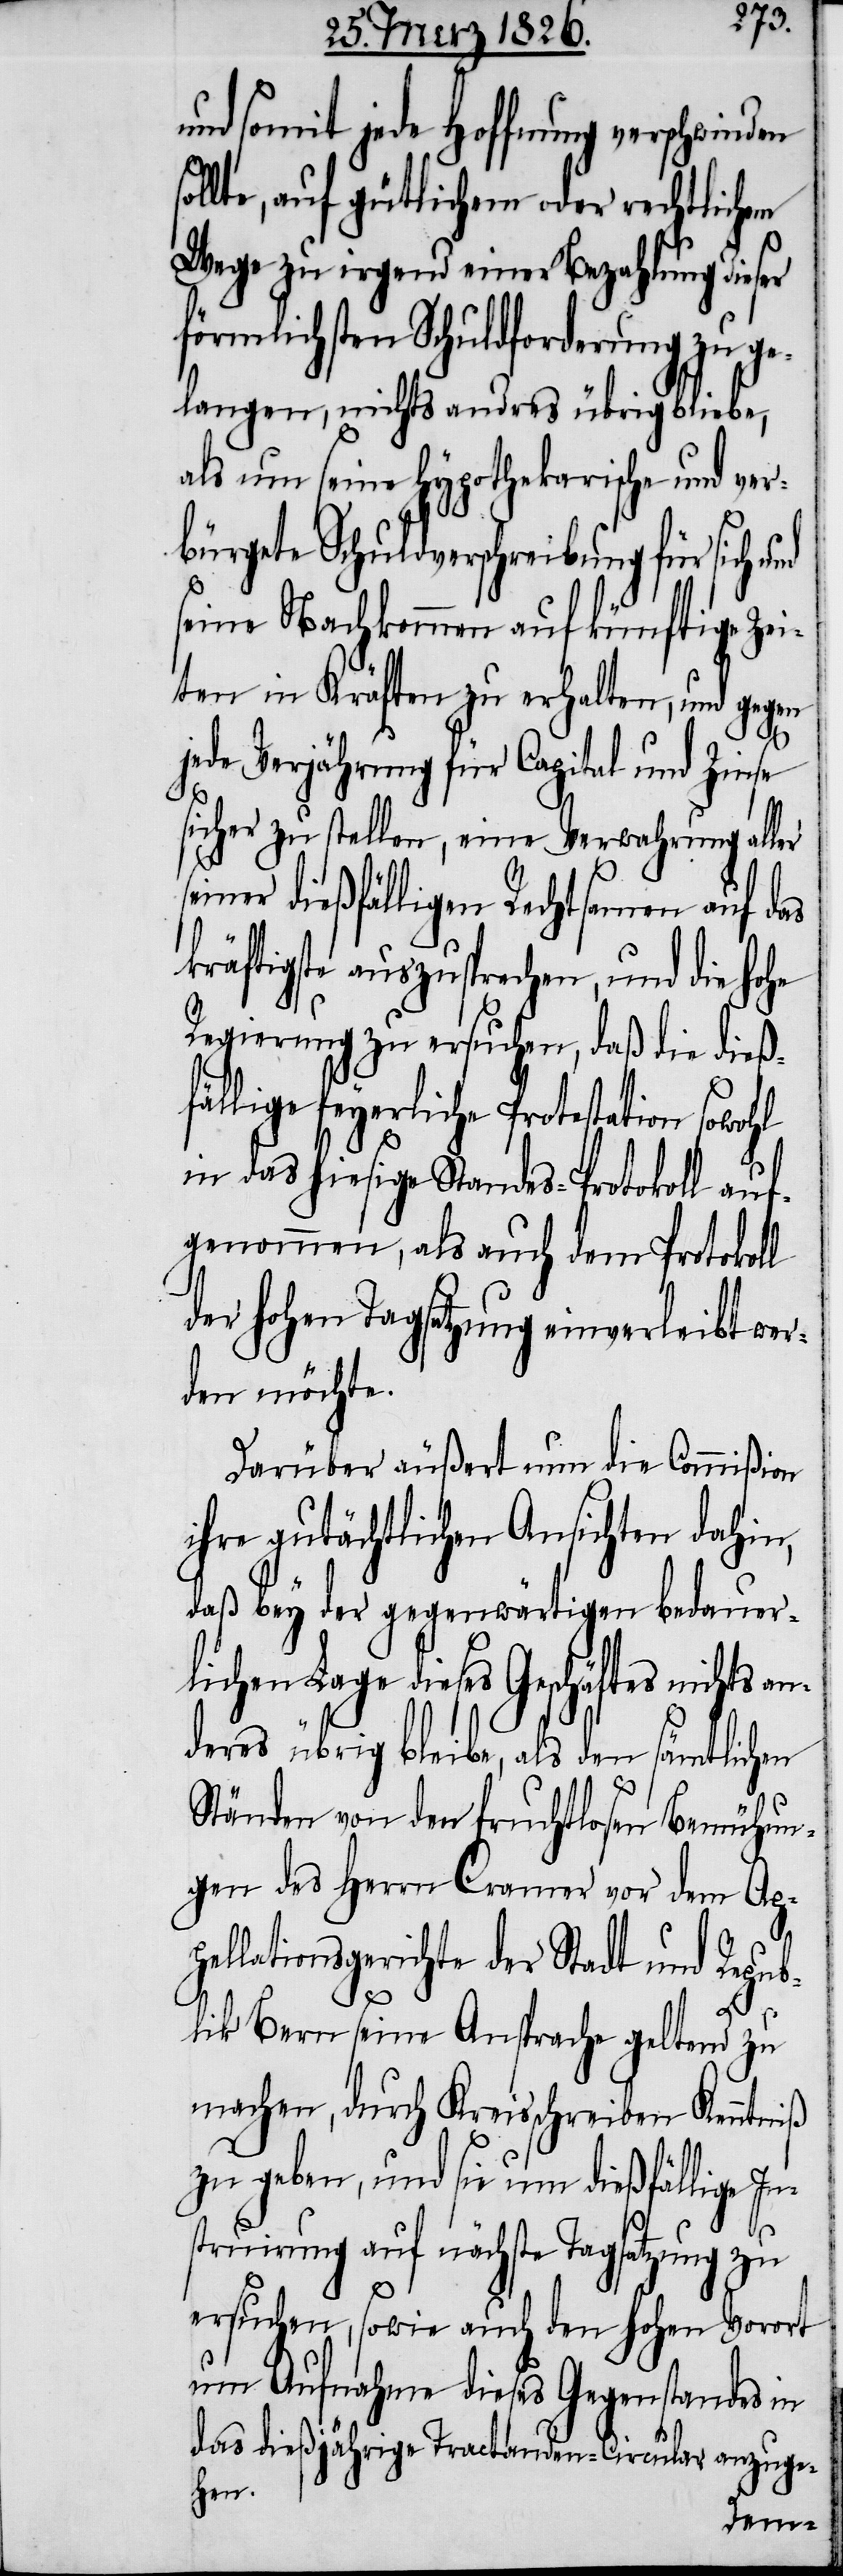
nd somit jede Hoffnung verschwinden
sollte, auf gütlichem oder rechtlichem
Wege zu irgend einer Bezahlung dieser
örmlichsten Schuldorderung zu
langen, nichts andres übrig bliebe,
als nun seine Hypothekarische und ver¬
bürgete Schuldverschreibung für sich
seine Nachkommen auf künftige Zei¬
ten in Kräften zu erhalten, und gegen
p¬
jede Verjährung für Capital und Zinse
sicher zu stellen, eine Verwahrung aller
einer dießfälligen Rechtsamen auf das
kräftigste auszusprechen, und die hohe
Regierung zu ersuchen, daß die dießf¬
ällige feyerliche Protestation
in das hiesige Standes-Protokoll auf¬
genommen, als auch dem Protokoll
der hohen Tagsatzung einverleibt wer¬
den möchte.
Darüber äußert nun die Commißion
ihre gutächtlichen Ansichten dahin,
daß bey der gegenwärtigen bedauer¬
lichen Lage dieses Geschäftes nichts a¬
deres übrig bleibe, als den sämtlichen
Ständen von den fruchtlosen Bemühun¬
gen des Herrn Cramer vor dem Ap¬
ellationsgerichte der Stadt und Repub¬
lik Bern seine Ansprache geltend zu
machen, durch Kreisschreiben Kenntniß
zu geben, und sie um dießfällige In¬
struirung auf nächste Tagsatzung zu
ersuchen, sowie auch den hohen Vorort
um Aufnahme dieses Gegenstandes in
das dießjährige Tractanden-Circular anzuge¬
hen.